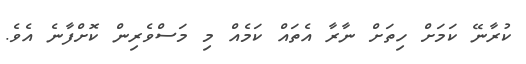
ކުރާނޭ ކަމަށް ހިތަށް ނާރާ އެތައް ކަމެއް މި މަސްވެރިން ކޮށްފާނެ އެވެ.